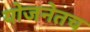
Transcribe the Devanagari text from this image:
योजनेतच